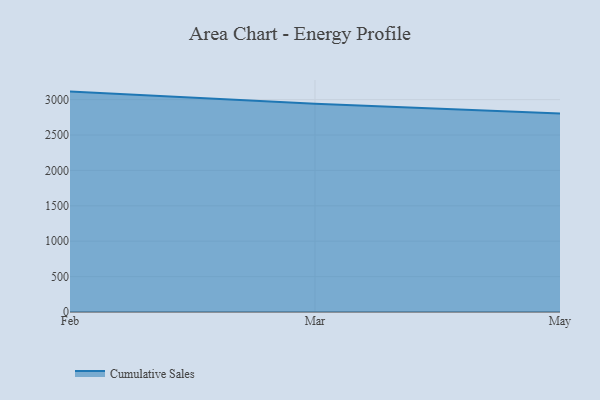
{"axis": {"x": "Month", "y": "Operating Costs (USD K)"}, "legend": ["Cumulative Sales"], "data": [{"x": "Feb", "y": 3113.6, "type": "Cumulative Sales"}, {"x": "Mar", "y": 2943.2, "type": "Cumulative Sales"}, {"x": "May", "y": 2803.9, "type": "Cumulative Sales"}]}